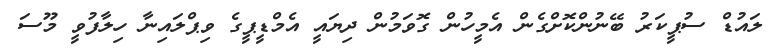
ލައުޑް ސުޕީކަރު ބޭނުންކޮށްގެން އެމީހުން ގޮވަމުން ދިޔައީ އެމްޑީޕީގެ ވިޕްލައިނާ ހިލާފުވީ މޫސަ